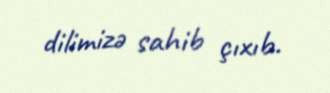
dilimizə sahib çıxıb.